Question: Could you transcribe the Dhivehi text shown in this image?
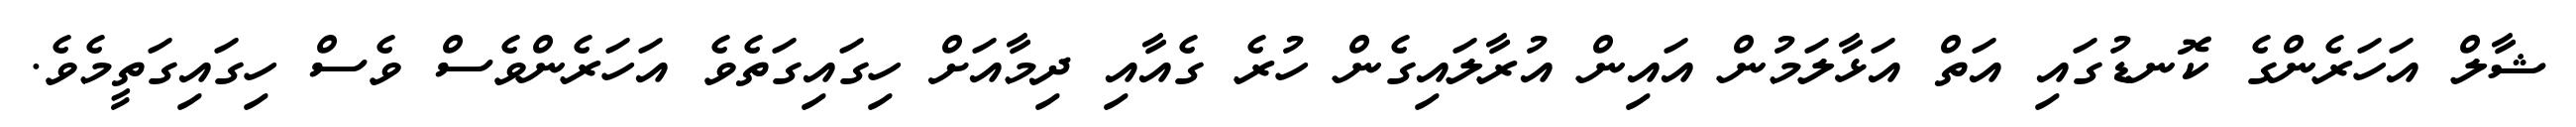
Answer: ޝާލް އަހަރެންގެ ކޮނޑުގައި އަތް އަޅާލަމުން އައިން އުރާލައިގެން ހުރެ ގެއާއި ދިމާއަށް ހިގައިގަތެވެ އަހަރެންވެސް ވެސް ހިގައިގަތީމެވެ.